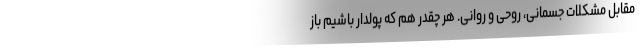
مقابل مشکلات جسمانی، روحی و روانی. هر چقدر هم که پولدار باشیم باز